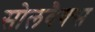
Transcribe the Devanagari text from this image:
सोलवैक्स